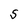
Character: S